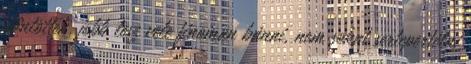
döntöttek, jobb lesz vele finoman bánni, nem sokat sertepertélni